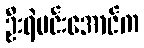
ဦးရဲမင်းအောင်က